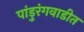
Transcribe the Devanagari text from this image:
पांडुरंगवाडीत